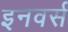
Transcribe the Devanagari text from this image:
इनवर्स